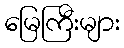
မြေကြီးများ